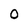
Character: 0